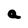
Character: a